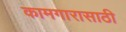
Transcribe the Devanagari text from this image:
कामगारासाठी